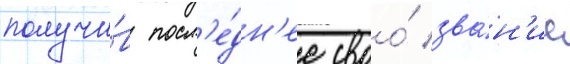
получи́в посл'е́дн'ее своо́ зва́н'ие